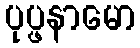
ပုပ္ဖနာမော